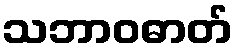
သဘာဝဓာတ်